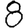
Digit: 8